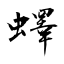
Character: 蠌